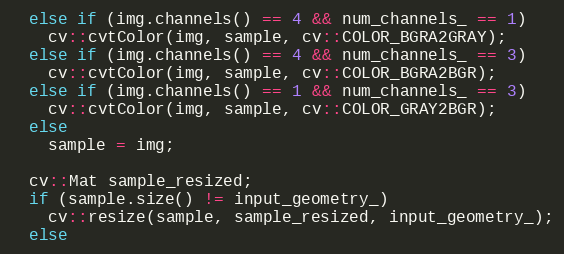
Language: C++
  else if (img.channels() == 4 && num_channels_ == 1)
    cv::cvtColor(img, sample, cv::COLOR_BGRA2GRAY);
  else if (img.channels() == 4 && num_channels_ == 3)
    cv::cvtColor(img, sample, cv::COLOR_BGRA2BGR);
  else if (img.channels() == 1 && num_channels_ == 3)
    cv::cvtColor(img, sample, cv::COLOR_GRAY2BGR);
  else
    sample = img;

  cv::Mat sample_resized;
  if (sample.size() != input_geometry_)
    cv::resize(sample, sample_resized, input_geometry_);
  else